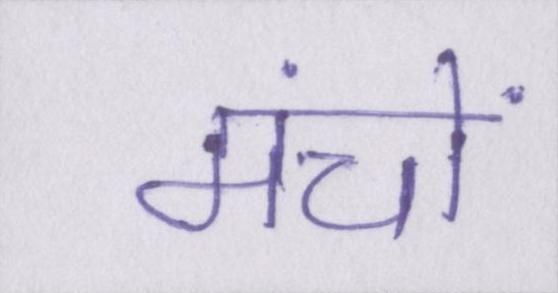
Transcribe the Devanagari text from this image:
मंचों